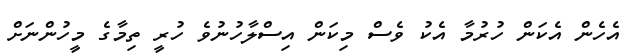
އެހެން އެކަން ހުރުމާ އެކު ވެސް މިކަން އިސްލާހުނުވެ ހުރީ ތިމާގެ މީހުންނަށް